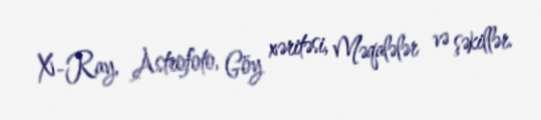
X-Ray, Astrofoto, Göy xəritəsi, Məqalələr və şəkillər.